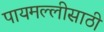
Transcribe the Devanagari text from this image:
पायमल्लीसाठी